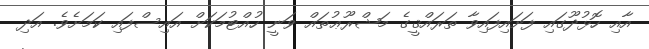
އާއި ހޮޅުދޫގައި ފަށައިފައިވާ ތަރައްޤީގެ މަޝްރޫޢުތައް ވަނީ ހުއްޓުމަކަށް އައިސްފައި ކަމަށެވެ. އަދި